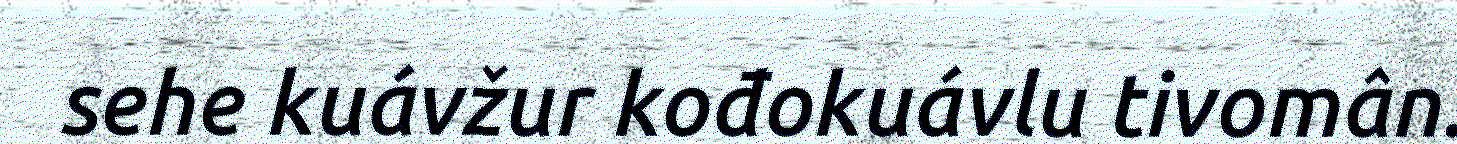
sehe kuávžur kođokuávlu tivomân.